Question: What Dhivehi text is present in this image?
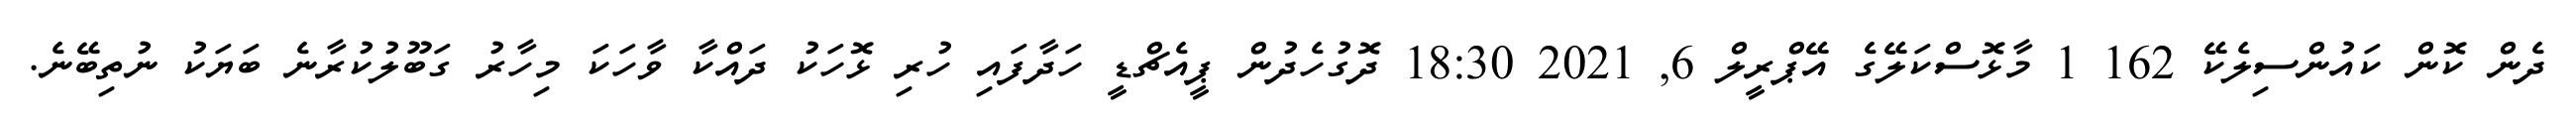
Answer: ދެން ކޮން ކައުންސިލެކޭ 162 1 މާޅޮސްކަލޭގެ އޭޕްރީލް 6, 2021 18:30 ދޮގުހެދުން ޕީއެޗްޑީ ހަދާފައި ހުރި ޅޮހަކު ދައްކާ ވާހަކަ މިހާރު ގަބޫލުކުރާނެ ބަޔަކު ނުތިބޭނެ.